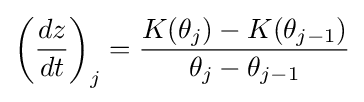
\left({\frac {dz}{dt}}\right)_{j}={\frac {K(\theta _{j})-K(\theta _{j-1})}{\theta _{j}-\theta _{j-1}}}